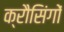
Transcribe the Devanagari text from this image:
क्रौसिंगों